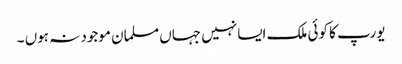
یورپ کا کوئی ملک ایسا نہیں جہاں مسلمان موجود نہ ہوں ۔